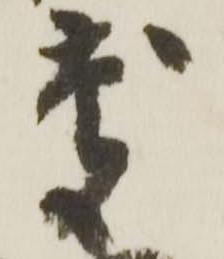
慶